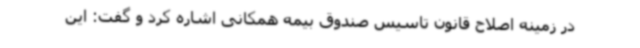
در زمینه اصلاح قانون تاسیس صندوق بیمه همکانی اشاره کرد و گفت: این